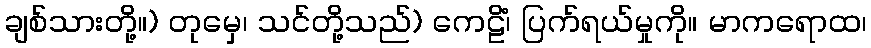
ချစ်သားတို့။) တုမှေ၊ သင်တို့သည်) ကေဠိံ၊ ပြက်ရယ်မှုကို။ မာကရောထ၊